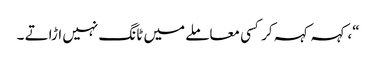
“، کہہ کہہ کر کسی معاملے میں ٹانگ نہیں اڑاتے ۔